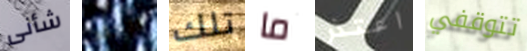
شأنى الجلد تلك ما اعتذر تتوقفي